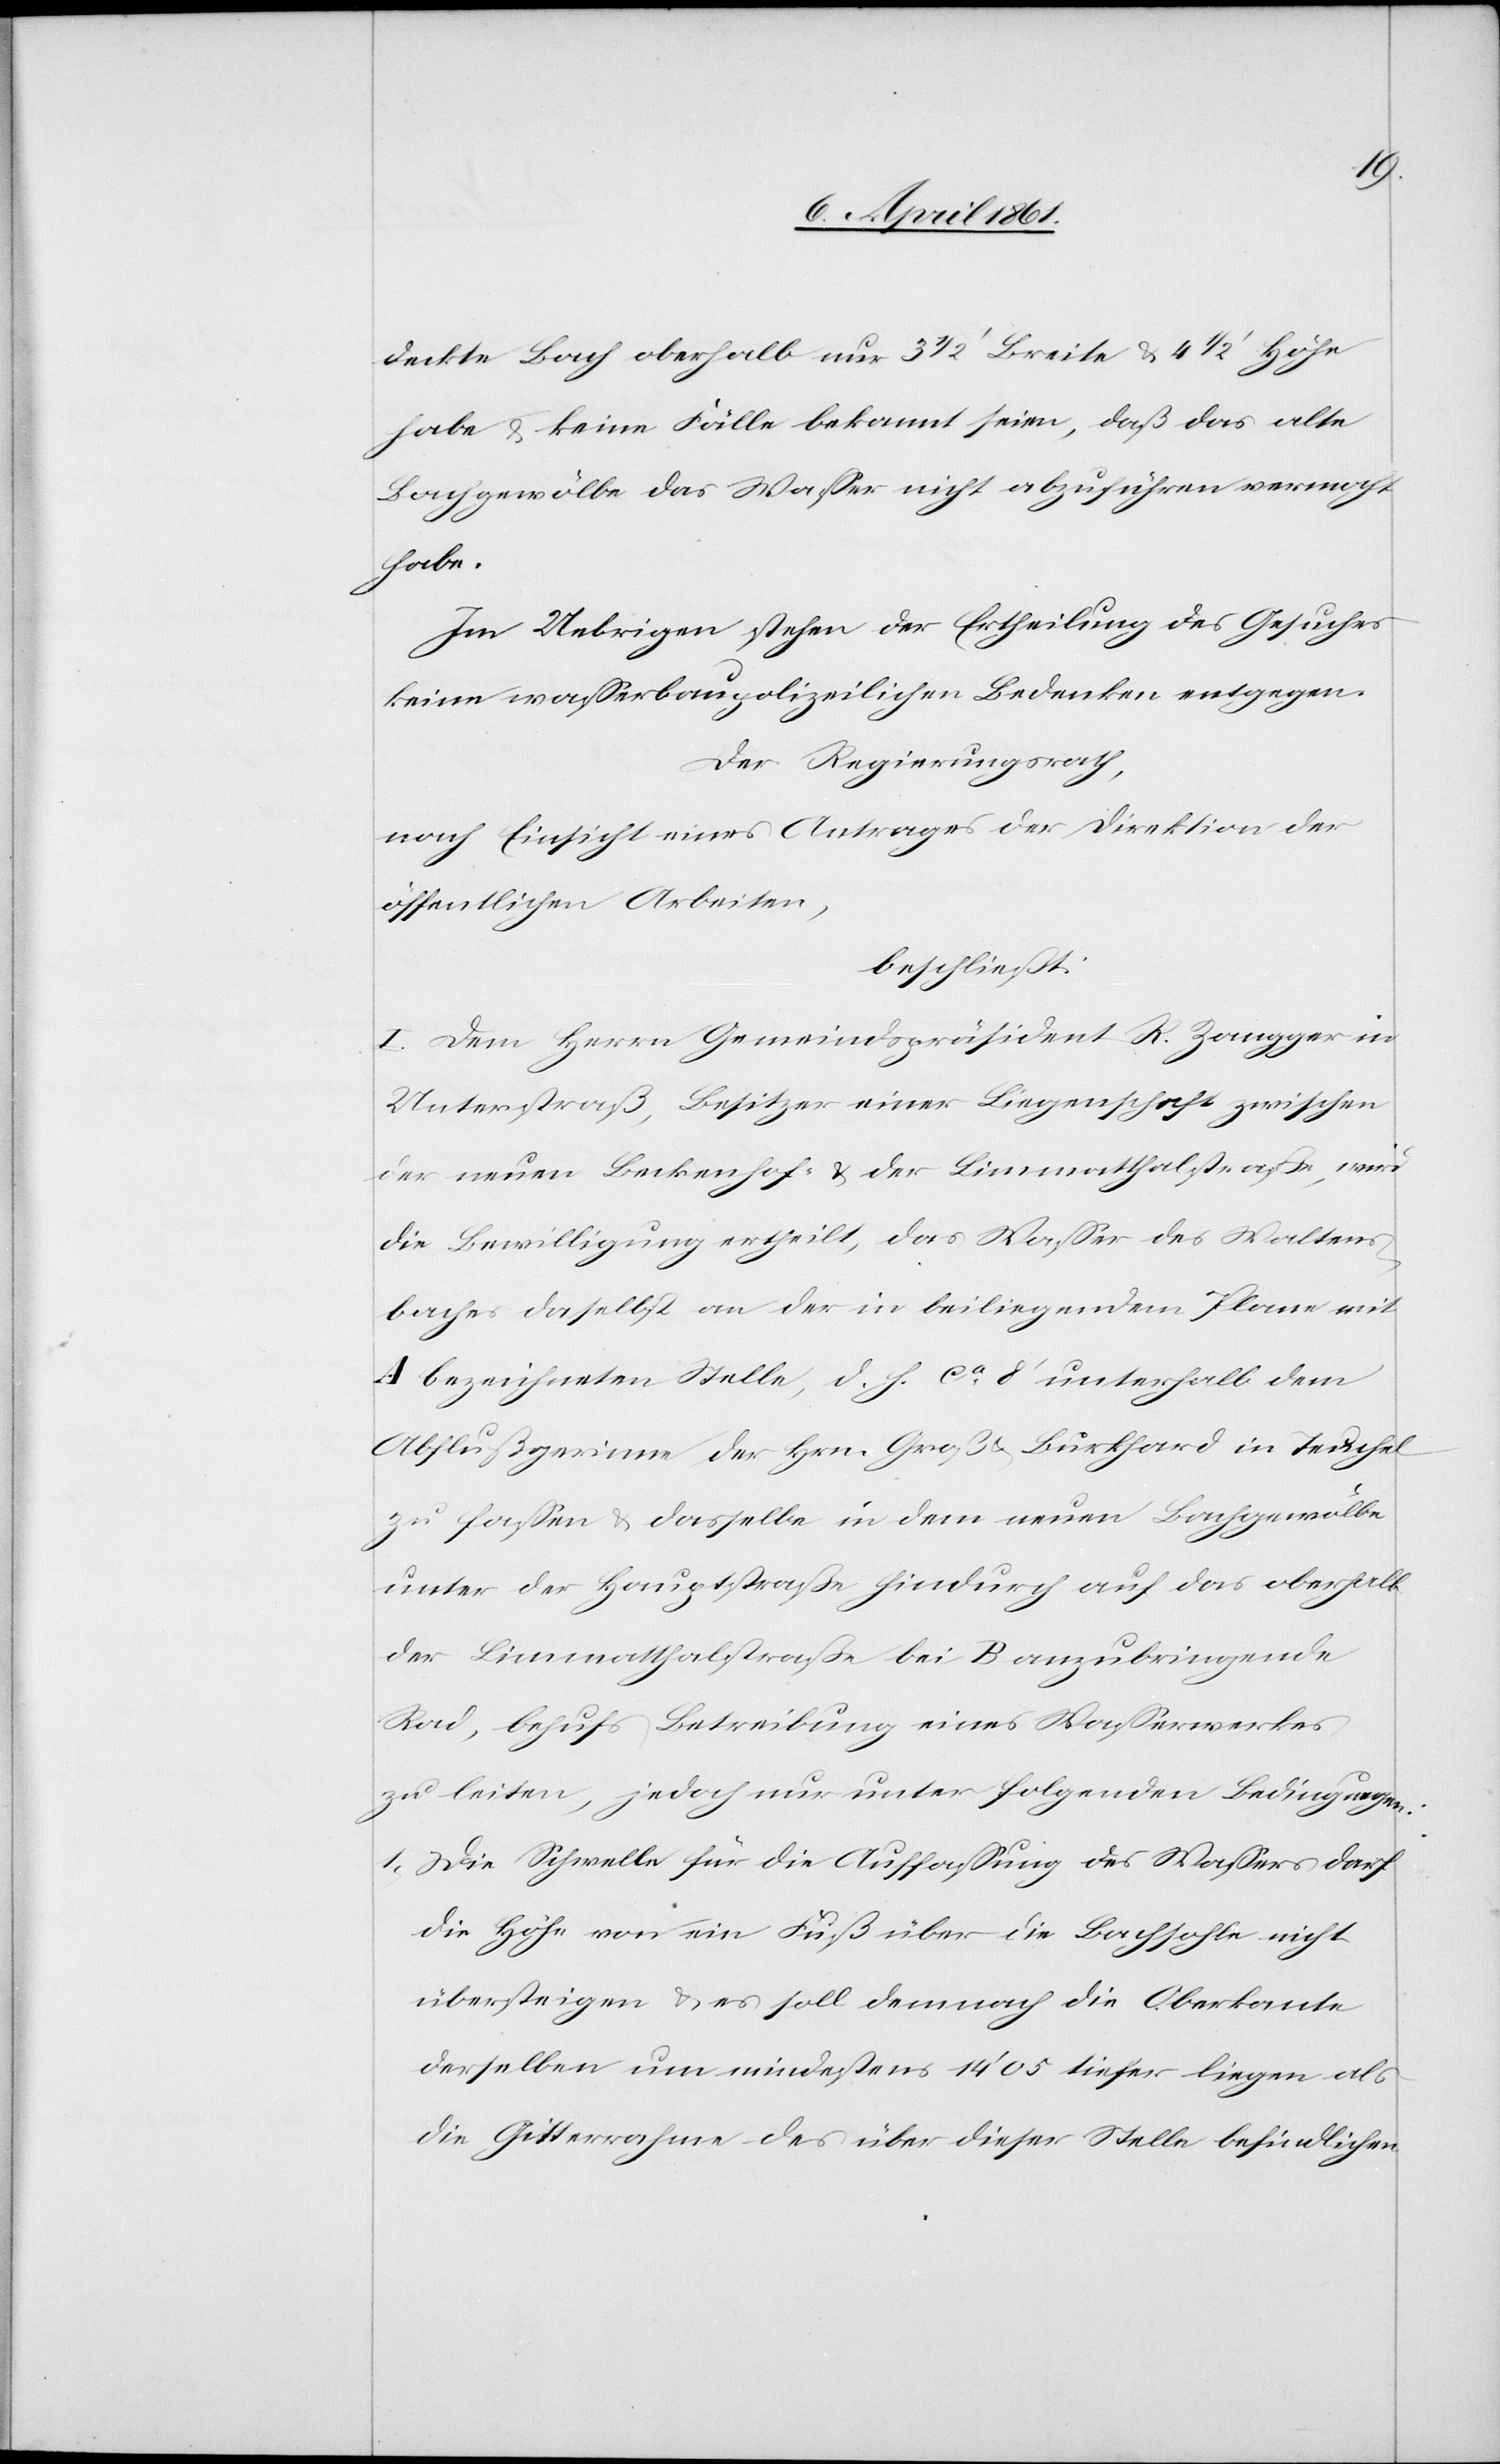
deckte Bach oberhalb nur 3 1/2’ Breite u. 4 1/2’ Höhe
habe u. keine Fälle bekannt seien, daß das alte
Bachgewölbe das Wasser nicht auszuführen vermocht
habe.
Im Uebrigen stehen der Ertheilung des Gesuches
keine Wasserbaupolizeilichen Bedenken entgegen.
Der Regierungsrath,
nach Einsicht eines Antrages der Direktion der
öffentlichen Arbeiten,
beschließt:
I. Dem Herrn Gemeindspräsidenten R. Zangger in
Unterstraß, Besitzer einer Liegenschaft zwischen
der neuen Beckenhof- u. der Limmatthalstrasse, wird
die Bewilligung ertheilt, das Wasser des Waltens¬
baches daselbst an der in beiliegendem Plane mit
A bezeichneten Stelle, d. h. ca 8’ unterhalb dem
Abflußgerinne der Hrn. Groß u. Burkhard in Teuchel
zu fassen u. dasselbe in dem neuen Bachgewölbe
unter der Hauptstraße hindurch auf das oberhalb
der Limmatthalstraße bei B anzubringende
Rad, behufs Betreibung eines Wasserwerkes
zu leiten, jedoch nur unter folgenden Bedingungen:
1. Die Schwelle für die Auffassung des Wassers darf
die Höhe von ein Fuß über die Bachsohle nicht
übersteigen u. es soll demnach die Oberkante
derselben um mindestens 14’ 05[’’] tiefer liegen als
die Gitterrahme des über dieser Stelle befindlichen